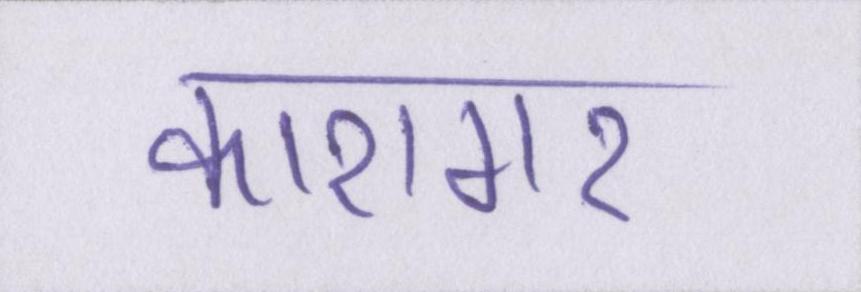
कारागर